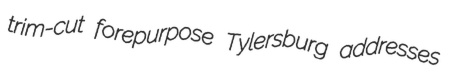
trim-cut forepurpose Tylersburg addresses